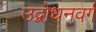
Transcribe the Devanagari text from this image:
उद्बोधनवर्ग